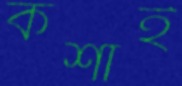
কশাই